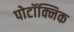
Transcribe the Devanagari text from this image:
पोटॉक्निक